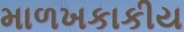
માળખકાકીય